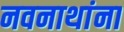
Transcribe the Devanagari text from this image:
नवनाथांना